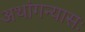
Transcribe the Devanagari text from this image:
अथांगन्यासः